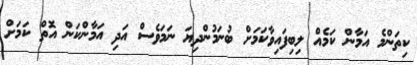
ކިތަންމެ އަމާން ކަމެއް ލިބިފައިވާކަމަށް ބުނަމުންދިޔަ ނަމަވެސް އަދި އަމާންކަން އޮތް ކަމަށް